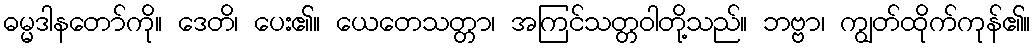
ဓမ္မဒါနတော်ကို။ ဒေတိ၊ ပေး၏။ ယေတေသတ္တာ၊ အကြင်သတ္တဝါတို့သည်။ ဘဗ္ဗာ၊ ကျွတ်ထိုက်ကုန်၏။